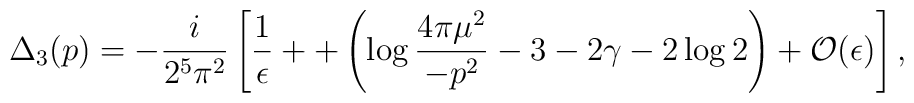
{\Delta_3} (p) = -\frac{i}{2^5 \pi^2} \left[\frac{1}{\epsilon} ++\left( \log \frac{4\pi \mu^2}{-p^2} - 3-2 \gamma -2 \log 2 \right) +{\cal O} (\epsilon) \right],